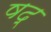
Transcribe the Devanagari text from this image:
षद्